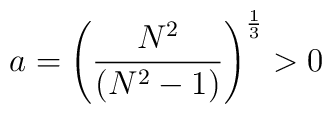
a=\left( \frac{N^{2}}{(N^2-1)}\right) ^{\frac{1}{3}}>0